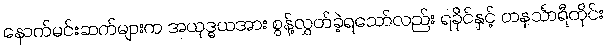
နောက်မင်းဆက်များက အယုဒ္ဓယအား စွန့်လွှတ်ခဲ့ရသော်လည်း ရခိုင်နှင့် တနင်္သာရီတိုင်း